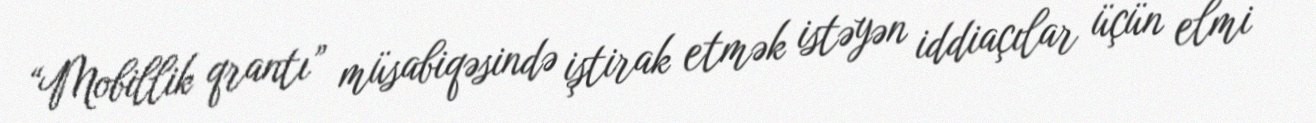
“Mobillik qrantı” müsabiqəsində iştirak etmək istəyən iddiaçılar üçün elmi